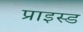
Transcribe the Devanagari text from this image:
प्राइस्ड